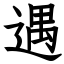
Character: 遇